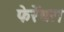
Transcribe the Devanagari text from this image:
फेर्रेयरा